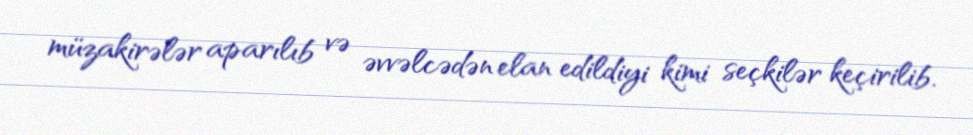
müzakirələr aparılıb və əvvəlcədən elan edildiyi kimi seçkilər keçirilib.